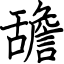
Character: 舚